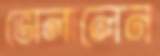
ভোলালেন